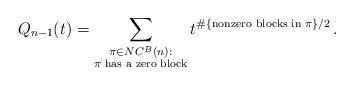
LaTeX: \begin{align*} Q_{n-1}(t) = \sum_{\substack{\pi \in NC^B(n):\\ \pi\textrm{ has a zero block}}} t^{\#\{\textrm{nonzero blocks in }\pi\}/2} \, . \end{align*}